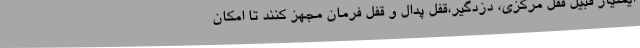
ایمنیاز قبیل قفل مرکزی، دزدگیر،قفل پدال و قفل فرمان مجهز کنند تا امکان